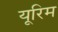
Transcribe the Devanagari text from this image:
यूरिम